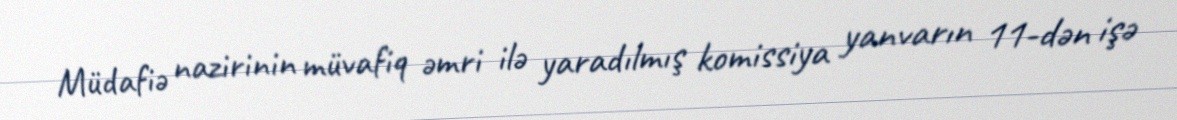
Müdafiə nazirinin müvafiq əmri ilə yaradılmış komissiya yanvarın 11-dən işə